Annual returns of the Patna Lunatic Asylum at Bankipore in Bihar and Orissa - 1912-1924
Year: 1912
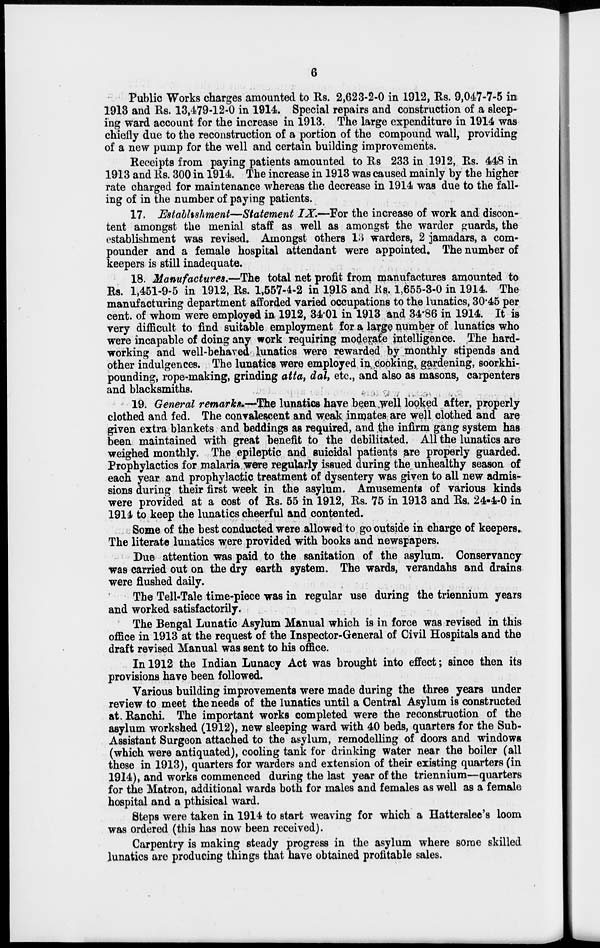
6
Public Works charges amounted to Rs. 2,623-2-0 in 1912, Rs. 9,047-7-5 in
1913 and Rs. 13,479-12-0 in 1914. Special repairs and construction of a sleep-
ing ward account for the increase in 1913. The large expenditure in 1914 was
chiefly due to the reconstruction of a portion of the compound wall, providing
of a new pump for the well and certain building improvements.
Receipts from paying patients amounted to Rs 233 in 1912, Rs. 448 in
1913 and Rs. 300 in 1914. The increase in 1913 was caused mainly by the higher
rate charged for maintenance whereas the decrease in 1914 was due to the fall-
ing of in the number of paying patients.
17. Establishment—Statement IX.—For the increase of work and discon-
tent amongst the menial staff as well as amongst the warder guards, the
establishment was revised. Amongst others 13 warders, 2 jamadars, a com-
pounder and a female hospital attendant were appointed. The number of
keepers is still inadequate.
18. Manufactures.—The total net profit from manufactures amounted to
Rs. 1,451-9-5 in 1912, Rs. 1,557-4-2 in 1913 and Rs. 1,655-3-0 in 1914. The
manufacturing department afforded varied occupations to the lunatics, 30.45 per
cent. of whom were employed in 1912, 34.01 in 1913 and 34.86 in 1914. It is
very difficult to find suitable employment for a large number of lunatics who
were incapable of doing any work requiring moderate intelligence. The hard-
working and well-behaved lunatics were rewarded by monthly stipends and
other indulgences. The lunatics were employed in cooking, gardening, soorkhi-
pounding, rope-making, grinding atta, dal, etc., and also as masons, carpenters
and blacksmiths.
19. General remarks.—The lunatics have been well looked after, properly
clothed and fed. The convalescent and weak inmates are well clothed and are
given extra blankets and beddings as required, and the infirm gang system has
been maintained with great benefit to the debilitated. All the lunatics are
weighed monthly. The epileptic and suicidal patients are properly guarded.
Prophylactics for malaria were regularly issued during the unhealthy season of
each year and prophylactic treatment of dysentery was given to all new admis-
sions during their first week in the asylum. Amusements of various kinds
were provided at a cost of Rs. 55 in 1912, Rs. 75 in 1913 and Rs. 24-4-0 in
1914 to keep the lunatics cheerful and contented.
Some of the best conducted were allowed to go outside in charge of keepers.
The literate lunatics were provided with books and newspapers.
Due attention was paid to the sanitation of the asylum. Conservancy
was carried out on the dry earth system. The wards, verandahs and drains
were flushed daily.
The Tell-Tale time-piece was in regular use during the triennium years
and worked satisfactorily.
The Bengal Lunatic Asylum Manual which is in force was revised in this
office in 1913 at the request of the Inspector-General of Civil Hospitals and the
draft revised Manual was sent to his office.
In 1912 the Indian Lunacy Act was brought into effect; since then its
provisions have been followed.
Various building improvements were made during the three years under
review to meet the needs of the lunatics until a Central Asylum is constructed
at.Ranchi. The important works completed were the reconstruction of the
asylum workshed (1912), new sleeping ward with 40 beds, quarters for the Sub-
Assistant Surgeon attached to the asylum, remodelling of doors and windows
(which were antiquated), cooling tank for drinking water near the boiler (all
these in 1913), quarters for warders and extension of their existing quarters (in
1914), and works commenced during the last year of the triennium—quarters
for the Matron, additional wards both for males and females as well as a female
hospital and a pthisical ward.
Steps were taken in 1914 to start weaving for which a Hatterslee's loom
was ordered (this has now been received).
Carpentry is making steady progress in the asylum where some skilled
lunatics are producing things that have obtained profitable sales.